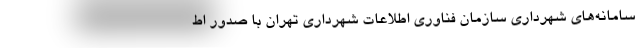
سامانه‌های شهرداری سازمان فناوری اطلاعات شهرداری تهران با صدور اط